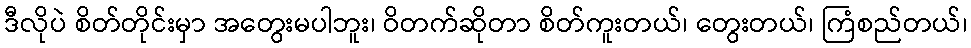
ဒီလိုပဲ စိတ်တိုင်းမှာ အတွေးမပါဘူး၊ ဝိတက်ဆိုတာ စိတ်ကူးတယ်၊ တွေးတယ်၊ ကြံစည်တယ်၊